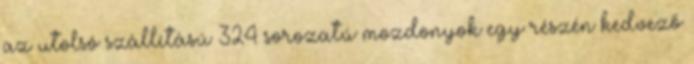
az utolsó szállítású 324 sorozatú mozdonyok egy részén kedvező